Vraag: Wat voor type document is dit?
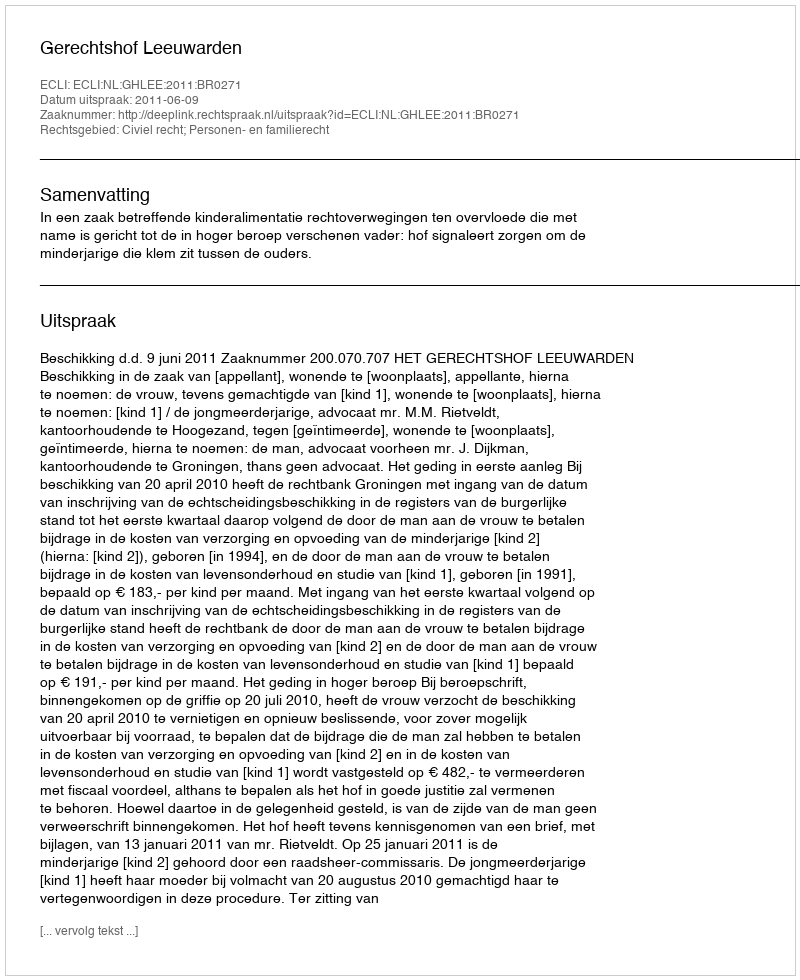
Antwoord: Uitspraak